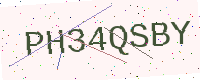
Text: PH34QSBY